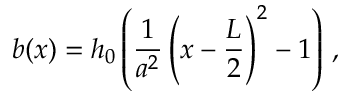
b ( x ) = h _ { 0 } \left( \frac { 1 } { a ^ { 2 } } \left( x - \frac { L } { 2 } \right) ^ { 2 } - 1 \right) \, ,